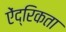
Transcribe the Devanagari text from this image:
ऐंद्रिकता